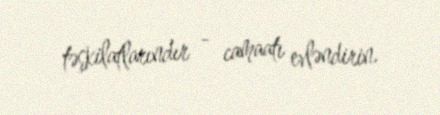
təşkilatlarındır - camaatı evləndirin.